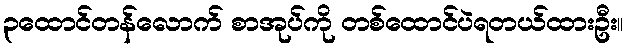
၃ထောင်တန်လောက် စာအုပ်ကို တစ်ထောင်ပဲရတယ်ထားဦး။